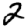
Digit: 2